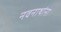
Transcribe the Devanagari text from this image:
नवनाथांना